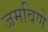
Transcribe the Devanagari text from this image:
जमविणे